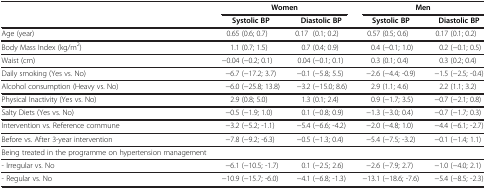
| <ROWSPAN=2>  | <COLSPAN=2> Women | <COLSPAN=2> Men |
 | Systolic BP | Diastolic BP | Systolic BP | Diastolic BP |
 | --- | --- | --- | --- | --- |
 | Age (year) | 0.65 (0.6; 0.7) | 0.17 (0.1; 0.2) | 0.57 (0.5; 0.6) | 0.17 (0.1; 0.2) |
 | Body Mass Index (kg/m2) | 1.1 (0.7; 1.5) | 0.7 (0.4; 0.9) | 0.4 (−0.1; 1.0) | 0.2 (−0.1; 0.5) |
 | Waist (cm) | −0.04 (−0.2; 0.1) | 0.04 (−0.1; 0.1) | 0.3 (0.1; 0.4) | 0.3 (0.2; 0.4) |
 | Daily smoking (Yes vs. No) | −6.7 (−17.2; 3.7) | −0.1 (−5.8; 5.5) | −2.6 (−4.4; -0.9) | −1.5 (−2.5; -0.4) |
 | Alcohol consumption (Heavy vs. No) | −6.0 (−25.8; 13.8) | −3.2 (−15.0; 8.6) | 2.9 (1.1; 4.6) | 2.2 (1.1; 3.2) |
 | Physical Inactivity (Yes vs. No) | 2.9 (0.8; 5.0) | 1.3 (0.1; 2.4) | 0.9 (−1.7; 3.5) | −0.7 (−2.1; 0.8) |
 | Salty Diets (Yes vs. No) | −0.5 (−1.9; 1.0) | 0.1 (−0.8; 0.9) | −1.3 (−3.0; 0.4) | −0.7 (−1.7; 0.3) |
 | Intervention vs. Reference commune | −3.2 (−5.2; -1.1) | −5.4 (−6.6; -4.2) | −2.0 (−4.8; 1.0) | −4.4 (−6.1; -2.7) |
 | Before vs. After 3-year intervention | −7.8 (−9.2; -6.3) | −0.5 (−1.3; 0.4) | −5.4 (−7.5; -3.2) | −0.1 (−1.4; 1.1) |
 | Being treated in the programme on hypertension management |  |  |  |  |
 | - Irregular vs. No | −6.1 (−10.5; -1.7) | 0.1 (−2.5; 2.6) | −2.6 (−7.9; 2.7) | −1.0 (−4.0; 2.1) |
 | - Regular vs. No | −10.9 (−15.7; -6.0) | −4.1 (−6.8; -1.3) | −13.1 (−18.6; -7.6) | −5.4 (−8.5; -2.3) |